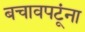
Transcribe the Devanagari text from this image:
बचावपटूंना